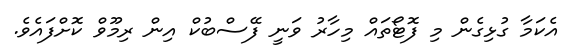
އެކަމާ ގުޅިގެން މި ފޮޓޯތައް މިހާރު ވަނީ ފޭސްބުކް އިން ރިމޫވް ކޮށްފައެވެ.